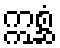
ဣစ္ဆံ